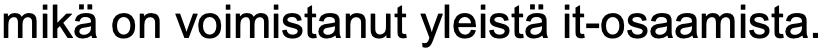
mikä on voimistanut yleistä it-osaamista.